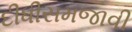
દીધીસમજાવી